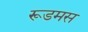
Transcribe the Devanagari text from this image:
रूडमस